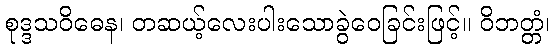
စုဒ္ဒသဝိဓေန၊ တဆယ့်လေးပါးသောခွဲဝေခြင်းဖြင့်။ ဝိဘတ္တံ၊